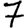
Digit: 7